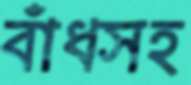
বাঁধসহ